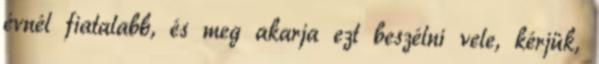
évnél fiatalabb, és meg akarja ezt beszélni vele, kérjük,